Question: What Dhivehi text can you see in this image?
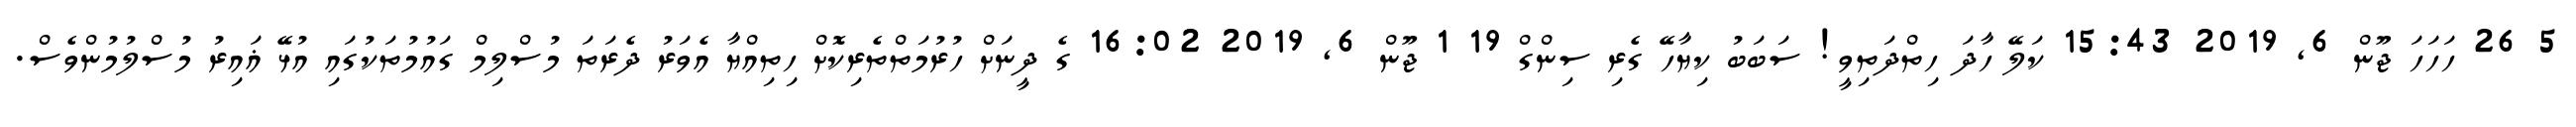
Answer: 5 26 ހަހަހަ ޖޫން 6, 2019 15:43 ކަލޭ ހާދަ ހިތްދަތިވީ! ސަބަބު ކިޔާހޭ ގެރި ސިންގް 19 1 ޖޫން 6, 2019 16:02 ގެ ދީނަށް ހުރުމަތްތެރިކޮށް ހިތިއްޔާ އެވަރު ދެރަތަ މުސްލިމް ގައުމުތަކުގައި އުޅޭ ޣައިރު މުސްލުމުންވެސް.